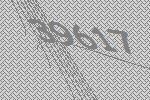
39617